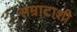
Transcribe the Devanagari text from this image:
सम्राटाशी